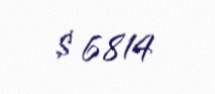
$ 6814